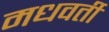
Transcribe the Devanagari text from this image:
मधवर्ती